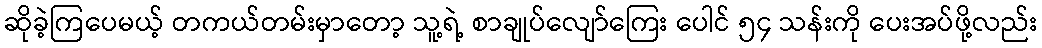
ဆိုခဲ့ကြပေမယ့် တကယ်တမ်းမှာတော့ သူ့ရဲ့ စာချုပ်လျော်ကြေး ပေါင် ၅၄ သန်းကို ပေးအပ်ဖို့လည်း